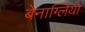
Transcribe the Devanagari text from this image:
बेनाग्लियो